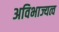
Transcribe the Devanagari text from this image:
अविभाज्यत्व